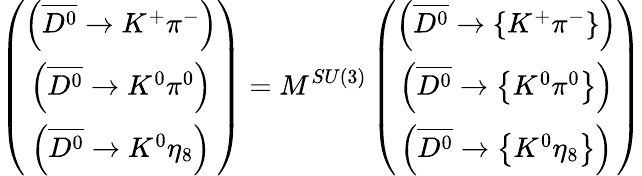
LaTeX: \left(\begin{array}{c}{{\left(\overline{{{D^{0}}}}\rightarrow K^{+}\pi^{-}\right)}}\\ {{\left(\overline{{{D^{0}}}}\rightarrow K^{0}\pi^{0}\right)}}\\ {{\left(\overline{{{D^{0}}}}\rightarrow K^{0}\eta_{8}\right)}}\end{array}\right)=M^{SU(3)}\left(\begin{array}{c}{{\left(\overline{{{D^{0}}}}\rightarrow\left\{ K^{+}\pi^{-}\right\} \right)}}\\ {{\left(\overline{{{D^{0}}}}\rightarrow\left\{ K^{0}\pi^{0}\right\} \right)}}\\ {{\left(\overline{{{D^{0}}}}\rightarrow\left\{ K^{0}\eta_{8}\right\} \right)}}\end{array}\right)